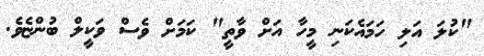
"ކުލަ އަލި ހަމައެކަނި މީހާ އަށް ވާތީ" ކަމަށް ވެސް ވަކީލް ބުންޏެވެ.